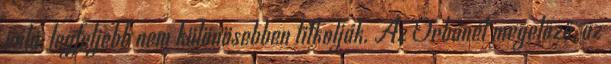
róla, legfeljebb nem különösebben titkolják. Az Orbánét megelőző, az